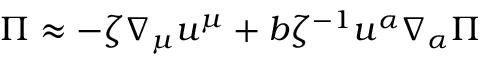
\Pi \approx - \zeta \nabla _ { \mu } u ^ { \mu } + b \zeta ^ { - 1 } u ^ { \alpha } \nabla _ { \alpha } \Pi